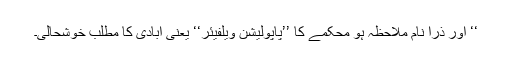
‘‘ اور ذرا نام ملاحظہ ہو محکمے کا ’’پاپولیشن ویلفیئر‘‘ یعنی آبادی کا مطلب خوشحالی۔